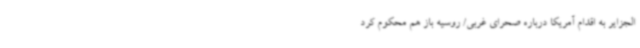
الجزایر به اقدام آمریکا درباره صحرای غربی/ روسیه باز هم محکوم کرد